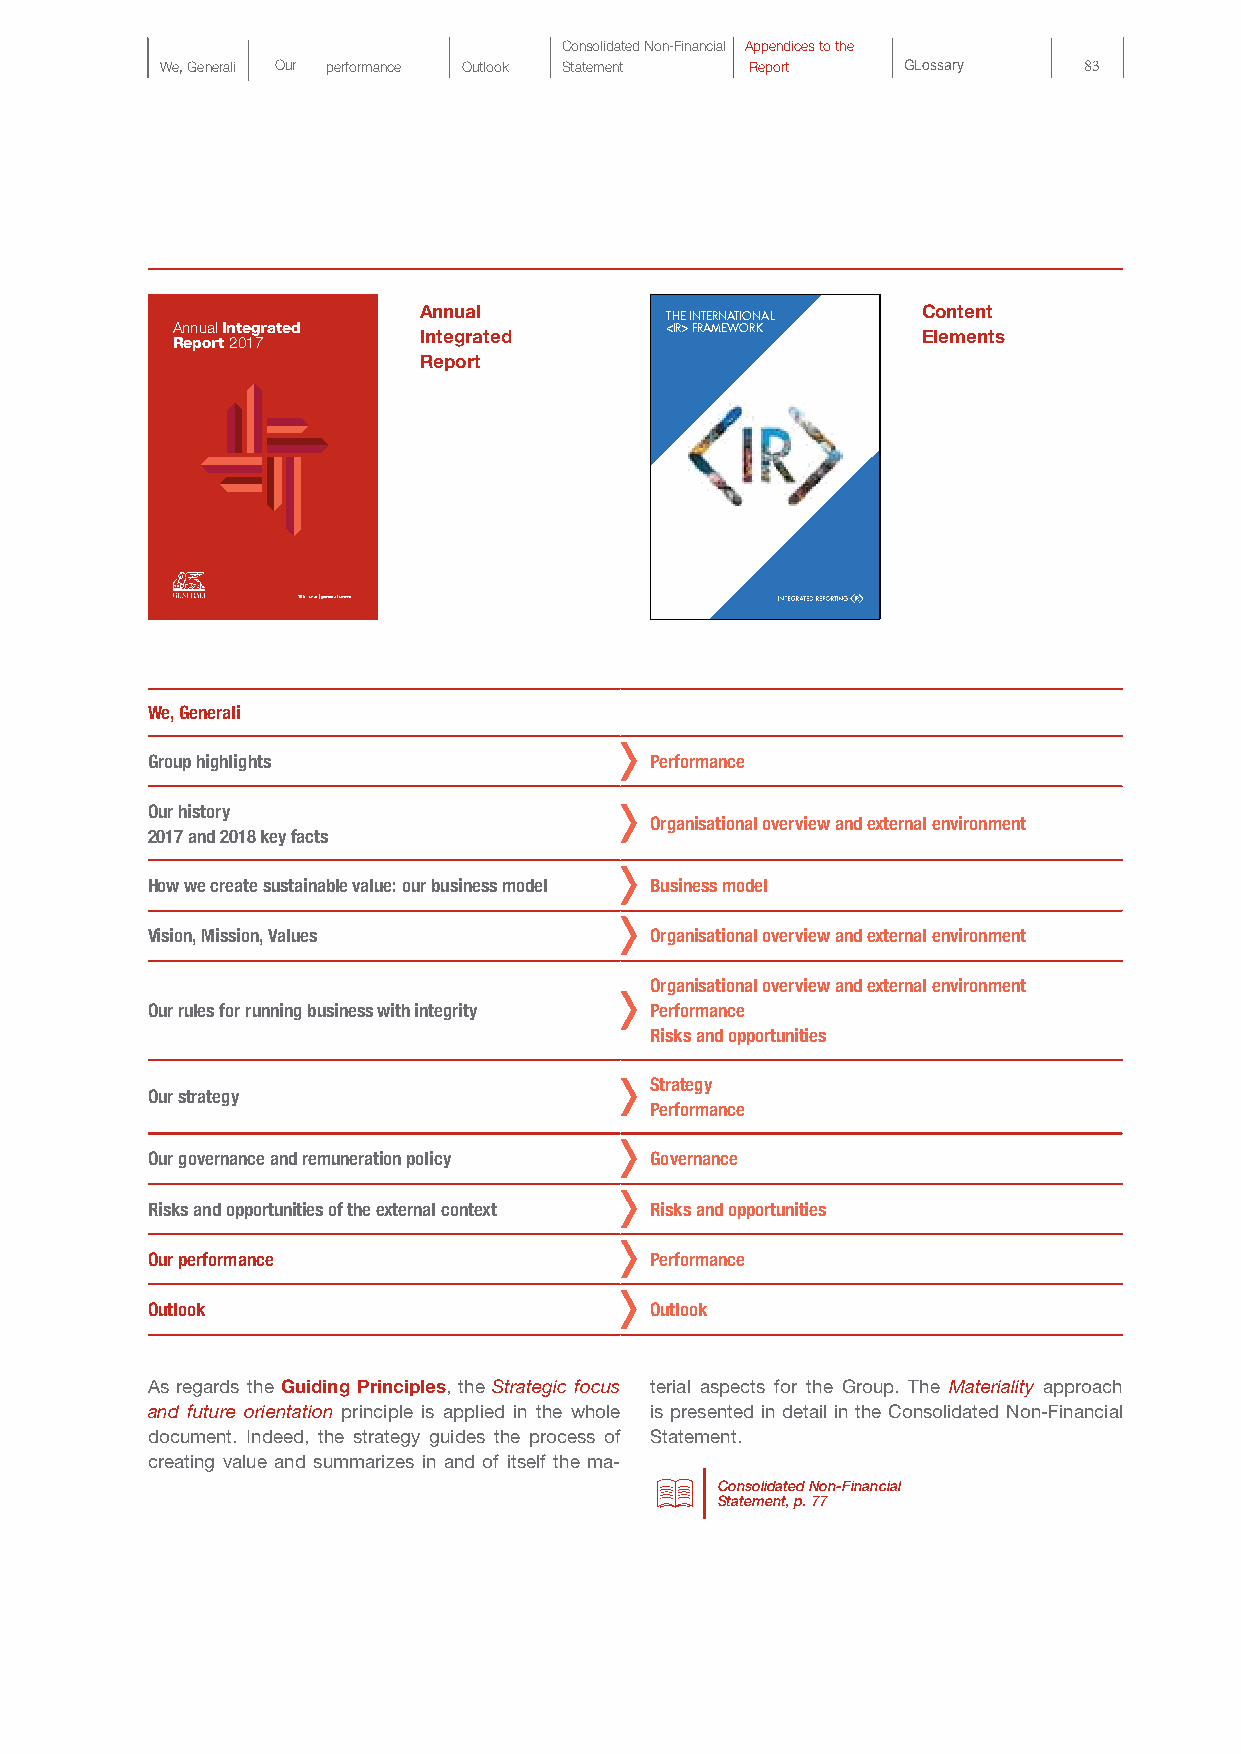
Consolidated Non-Financial Appendices to the
 We, Generali Our performance Outlook Statement Report GLossary 83
 Annual                           Content
 THE INTERNATIONAL
 Annual Integrated Integrated     < IR> FRAMEWORK  Elements
 Report 2017
 Report
 186th year | generali.com
 We, Generali
 Group highlights                 Performance
 Our history
 Organisational overview and external environment
 2017 and 2018 key facts
 How we create sustainable value: our business model Business model
 Vision, Mission, Values          Organisational overview and external environment
 Organisational overview and external environment
 Our rules for running business with integrity Performance
 Risks and opportunities
 Strategy
 Our strategy
 Performance
 Our governance and remuneration policy Governance
 Risks and opportunities of the external context Risks and opportunities
 Our performance                  Performance
 Outlook                          Outlook
 As regards the Guiding Principles, the Strategic focus terial aspects for the Group. The Materiality approach
 and future orientation principle is applied in the whole is presented in detail in the Consolidated Non-Financial
 document. Indeed, the strategy guides the process of Statement.
 creating value and summarizes in and of itself the ma-
 Consolidated Non-Financial
 Statement, p. 77